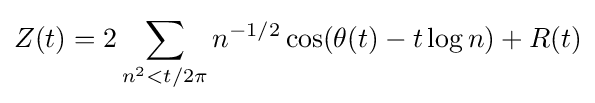
Z(t)=2\sum _{n^{2}<t/2\pi }n^{-1/2}\cos(\theta (t)-t\log n)+R(t)